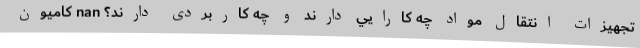
تجهیزات انتقال مواد چه کارايي دارند و چه کاربردی دارند؟ nan کامیون